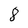
Character: 8